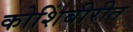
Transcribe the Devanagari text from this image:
कोशिंबीरीत